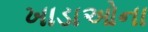
ખાડાઓના